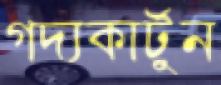
গদ্যকার্টুন